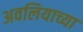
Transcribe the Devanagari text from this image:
अवलियाच्या